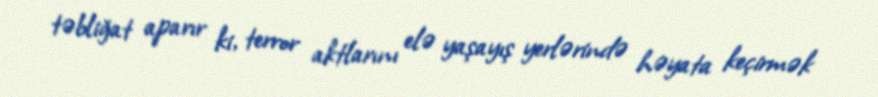
təbliğat aparır ki, terror aktlarını elə yaşayış yerlərində həyata keçirmək